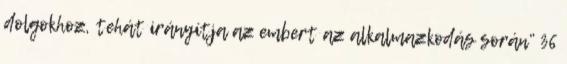
dolgokhoz, tehát irányítja az embert az alkalmazkodás során” 36